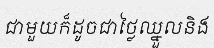
ជាមួយក៏ដូចជាថ្លៃឈ្នួលនិង